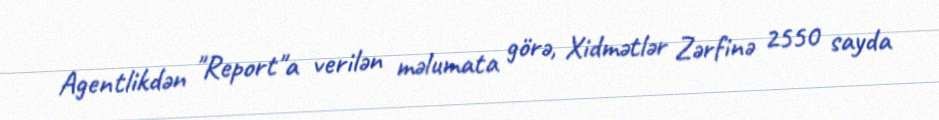
Agentlikdən "Report"a verilən məlumata görə, Xidmətlər Zərfinə 2550 sayda